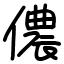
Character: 儂